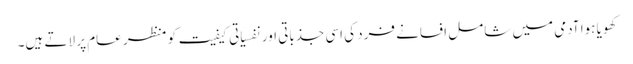
کھویا ہوا آدمی میں شامل افسانے فرد کی اسی جذباتی اور نفسیاتی کیفیت کو منظر عام پر لاتے ہیں۔